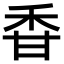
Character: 𥞌